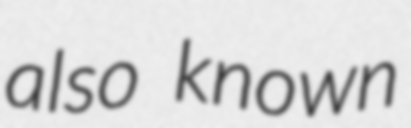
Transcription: also known